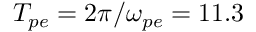
T _ { p e } = 2 \pi / \omega _ { p e } = 1 1 . 3